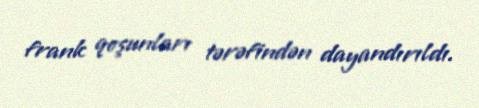
frank qoşunları tərəfindən dayandırıldı.